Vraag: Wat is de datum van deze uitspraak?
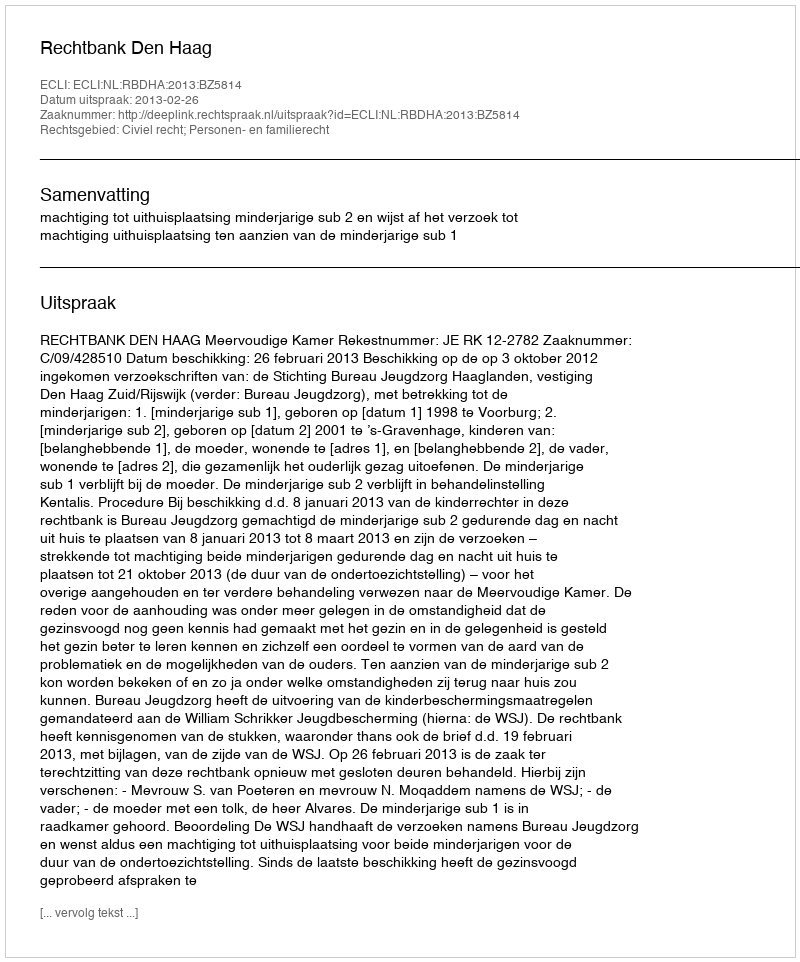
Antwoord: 2013-02-26